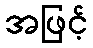
အဖြင့်